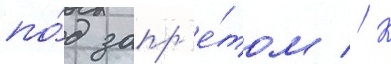
по́д запр'е́том // К